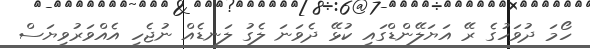
ހޯމަ ދުވަހުގެ ރޭ އަޔަލޭންޑްގައި ކުޅޭ ދެވަނަ ލެގު ލަނޑެއް ނުޖެހި އެއްވަރުވިޔަސް